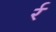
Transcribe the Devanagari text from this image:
र्र